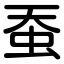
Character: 蚕